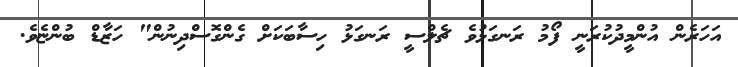
އަހަރެން އުންމީދުކުރަނީ ފޯމު ރަނގަޅުވެ ޗެލްސީ ރަނގަޅު ހިސާބަކަށް ގެންގޮސްދިނުން" ހަޒާޑް ބުންޏެވެ.